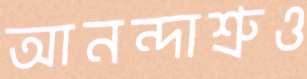
আনন্দাশ্রুও